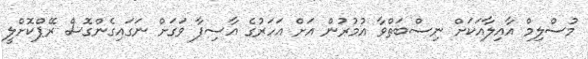
މުސްލިމް އާއިލާއަކަށް ނިސްބަތްވާ އުމުރުން އަށް އަހަރުގެ އާސިފާ ވަގަށް ނަގައިގެންގޮސް ރޭޕްކޮށްލީ